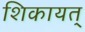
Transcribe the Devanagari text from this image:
शिकायत्